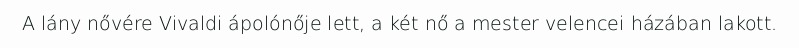
A lány nővére Vivaldi ápolónője lett, a két nő a mester velencei házában lakott.